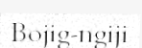
Bojig-ngiji